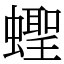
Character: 蟶